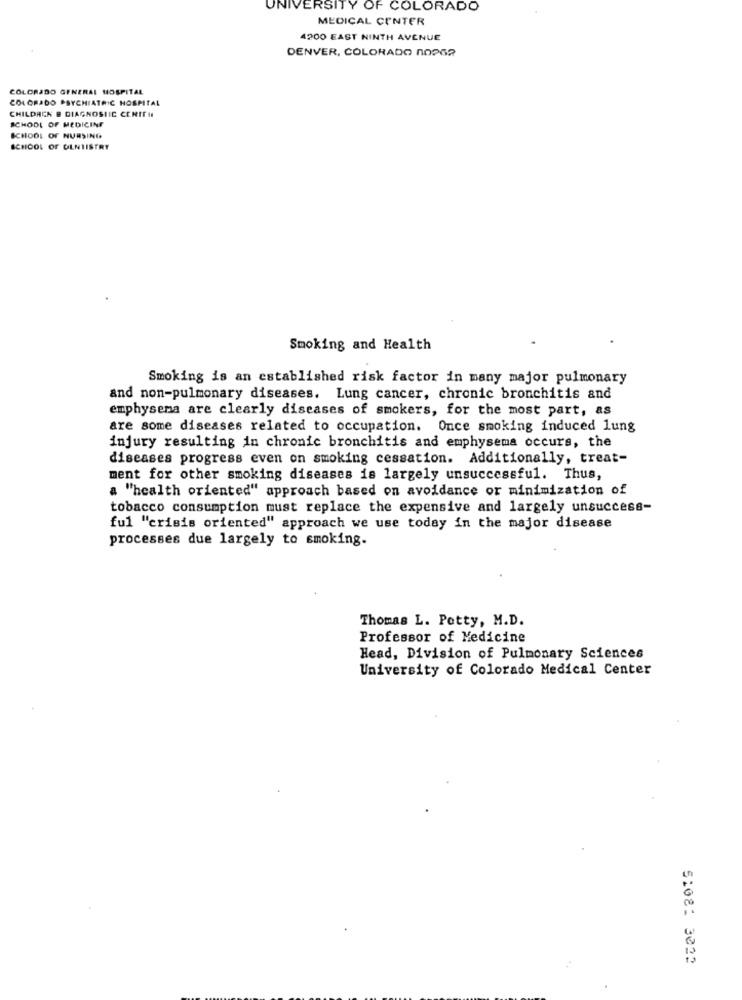
UNIVERSITY OF COLORADO
MEDICAL CENTER
4200 EAST NINTH AVENUE
DENVER, COLORADO 00962
COLORADO GENERAL HOSPITAL
COLORADO PSYCHIATRIC HOSPITAL
CHILDREN B DIAGNOSTIC CERITIN
SCHOOL OF MEDICINE
SCHOOL OF NURSING
SCHOOL OF OLNIISTRY
Smoking and Health
Smoking is an established risk factor in many major pulmonary
and non-pulmonary diseases. Lung cancer, chronic bronchitis and
emphysema are clearly diseases of smokers, for the most part, as
are some diseases related to occupation. Once smoking induced lung
injury resulting in chronic bronchitis and emphysema occurs, the
diseases progress even on smoking cessation. Additionally, treat-
ment for other smoking diseases is largely unsuccessful. Thus,
a "health oriented" approach based on avoidance or minimization of
tobacco consumption must replace the expensive and largely unsuccess-
ful "crisis oriented" approach we use today in the major disease
processes due largely to smoking.
Thomas L. Petty, M.D.
Professor of Medicine
Head, Division of Pulmonary Sciences
University of Colorado Medical Center
5:08: 3022